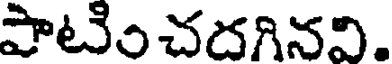
పాటించదగినవి.